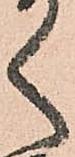
く